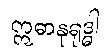
ဣဓာနုရုဒ္ဓါ